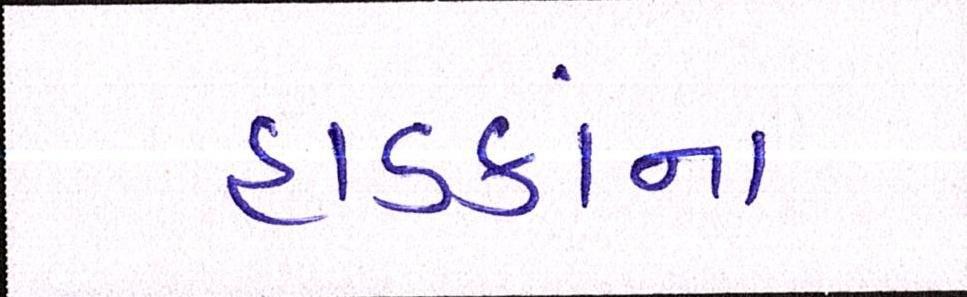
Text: હાડકાંના